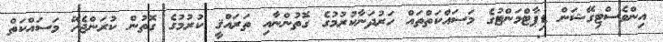
އިންވެސްޓިގޭޝަން ޑިޕާޓްމަންޓުގެ މަސައްކަތްތައް ހަރުދަނާކުރުމުގެ ގޮތުންނާއި ތަރައްޤީ ކުރުމުގެ ގޮތުން ކުރަންޖެހޭ މަސައްކަތް